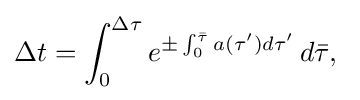
\Delta t=\int _{0}^{\Delta \tau }e^{\pm \int _{0}^{\bar {\tau }}a(\tau ')d\tau '}\,d{\bar {\tau }},\